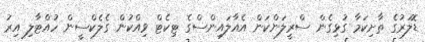
ޑޮލަރުގެ ތާށިކަމާ ގުޅިގެން ސްރީލަންކަން އެއާލައިންސްގެ ޓިކެޓް ވިއްކުން ގެލެކްސީން ހުއްޓާލި އިރު